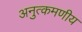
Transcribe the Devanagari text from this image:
अनुत्कमणीय